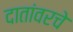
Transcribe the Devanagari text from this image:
दातांवरचे